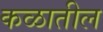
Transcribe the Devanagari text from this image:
कळातील